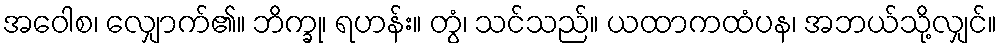
အဝေါစ၊ လျှောက်၏။ ဘိက္ခု၊ ရဟန်း။ တွံ၊ သင်သည်။ ယထာကထံပန၊ အဘယ်သို့လျှင်။